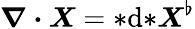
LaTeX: \boldsymbol{\nabla\cdot X}={*}\mathrm{d}{*}\boldsymbol{X}^{\flat}